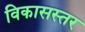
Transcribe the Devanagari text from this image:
विकासस्तर